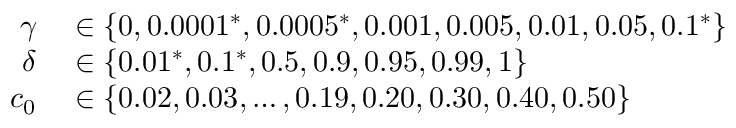
\begin{array} { r l } { \gamma } & { { } \in \{ 0 , 0 . 0 0 0 1 ^ { * } , 0 . 0 0 0 5 ^ { * } , 0 . 0 0 1 , 0 . 0 0 5 , 0 . 0 1 , 0 . 0 5 , 0 . 1 ^ { * } \} } \\ { \delta } & { { } \in \{ 0 . 0 1 ^ { * } , 0 . 1 ^ { * } , 0 . 5 , 0 . 9 , 0 . 9 5 , 0 . 9 9 , 1 \} } \\ { c _ { 0 } } & { { } \in \{ 0 . 0 2 , 0 . 0 3 , \dots , 0 . 1 9 , 0 . 2 0 , 0 . 3 0 , 0 . 4 0 , 0 . 5 0 \} } \end{array}